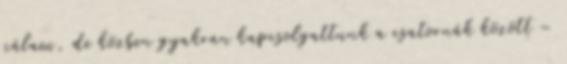
nálam, de közben gyakran kapcsolgattunk a csatornák között –